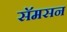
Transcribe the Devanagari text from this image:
सॅमसन